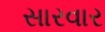
સારવાર